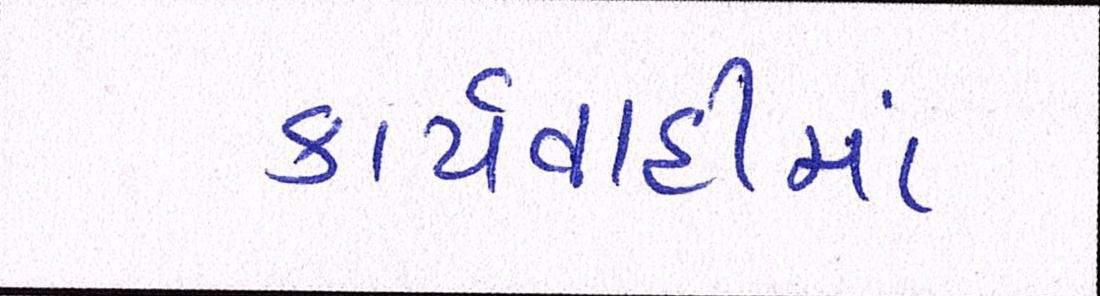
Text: કાર્યવાહીમાં